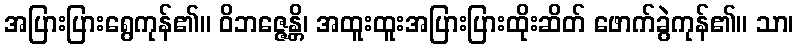
အပြားပြားရွေကုန်၏။ ဝိဘဇ္ဇေန္တိ၊ အထူးထူးအပြားပြားထိုးဆိတ် ဖောက်ခွဲကုန်၏။ သာ၊